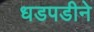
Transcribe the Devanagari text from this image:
धडपडीने